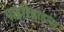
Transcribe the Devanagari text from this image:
पाइरिडाइन्स